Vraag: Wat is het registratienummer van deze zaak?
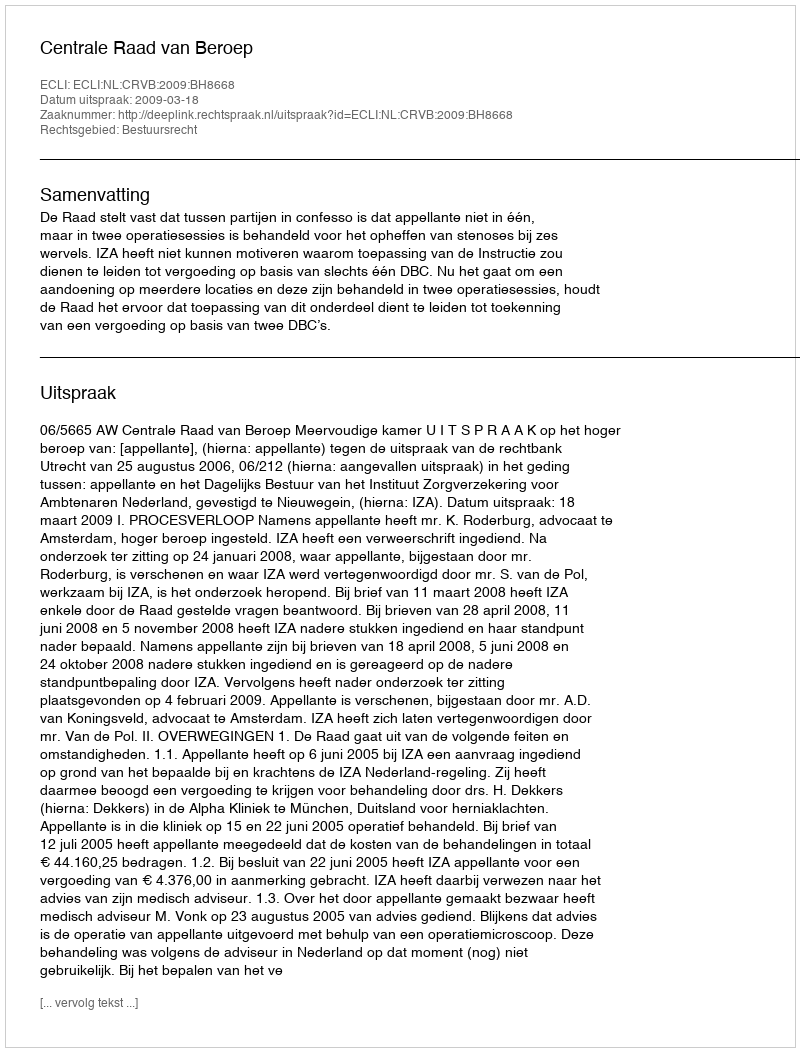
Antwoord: http://deeplink.rechtspraak.nl/uitspraak?id=ECLI:NL:CRVB:2009:BH8668